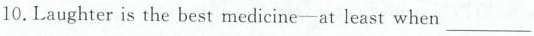
10.Laughter is the best medicine-at least when___